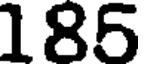
185